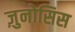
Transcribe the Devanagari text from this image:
ज़ुनोसिस